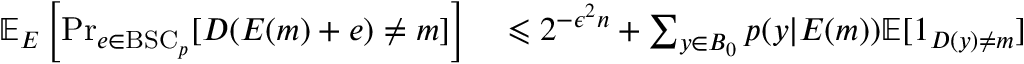
\begin{array} { r l r l } { \mathbb { E } _ { E } \left[ \operatorname* { P r } _ { e \in { \mathrm { B S C } } _ { p } } [ D ( E ( m ) + e ) \neq m ] \right] } & { { } \leqslant 2 ^ { - { \epsilon ^ { 2 } } n } + \sum _ { y \in B _ { 0 } } p ( y | E ( m ) ) \mathbb { E } [ 1 _ { D ( y ) \neq m } ] } \end{array}